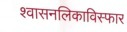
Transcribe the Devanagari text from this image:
श्वासनलिकाविस्फार